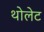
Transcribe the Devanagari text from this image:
थोलेट